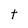
Character: t